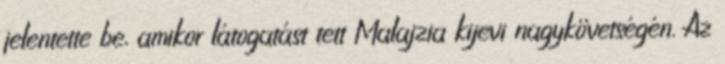
jelentette be, amikor látogatást tett Malajzia kijevi nagykövetségén. Az